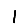
Digit: 1